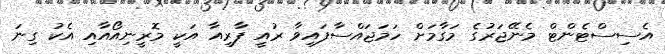
އެސިސްޓެންޓް މެނޭޖަރުގެ މަގާމަށް ހަމަޖައްސާފައިވާ ރުއީ ފާރިއާ އަކީ މޮރީނިއޯއާއި އެކު ގިނަ